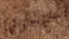
حنجرتها